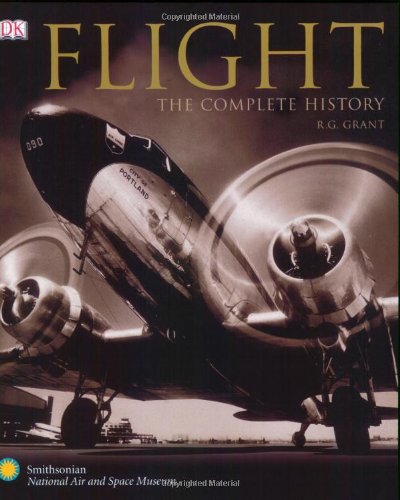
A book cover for Flight: The Complete History; R.G. Grant; Engineering & Transportation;